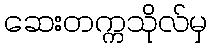
ဆေးတက္ကသိုလ်မှ